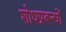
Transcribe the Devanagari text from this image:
शोधप्रबन्धों